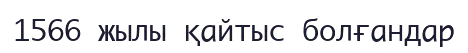
1566 жылы қайтыс болғандар